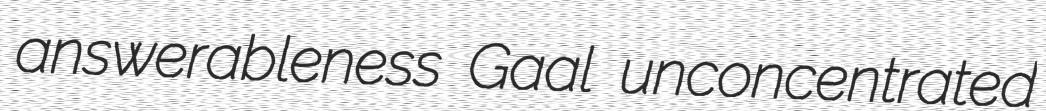
answerableness Gaal unconcentrated